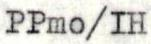
PPmo/IH